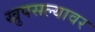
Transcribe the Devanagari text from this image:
खुपसल्यावर